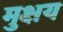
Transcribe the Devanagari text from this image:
मुक्षय